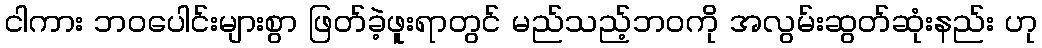
ငါကား ဘဝပေါင်းများစွာ ဖြတ်ခဲ့ဖူးရာတွင် မည်သည့်ဘဝကို အလွမ်းဆွတ်ဆုံးနည်း ဟု